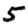
Digit: 5